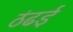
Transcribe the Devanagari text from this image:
ठंढई